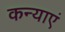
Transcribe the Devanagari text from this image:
कन्‍याएं